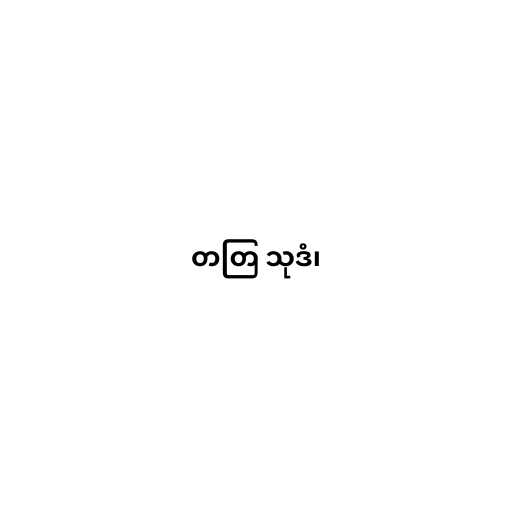
တတြ သုဒံ၊